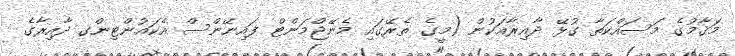
މަޤާމުގެ މަސައްކަތާ ގުޅޭ ދާއިރާއަކުން (މީގެ ތެރޭގައި މެނޭޖްމަންޓް ފައިނޭންސް އެކައުންޓިންގ ދާއިރާގެ